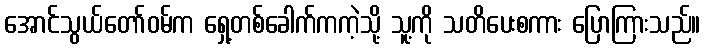
အောင်သွယ်တော်ဝမ်က ရှေ့တစ်ခေါက်ကကဲ့သို့ သူ့ကို သတိပေးစကား ပြောကြားသည်။